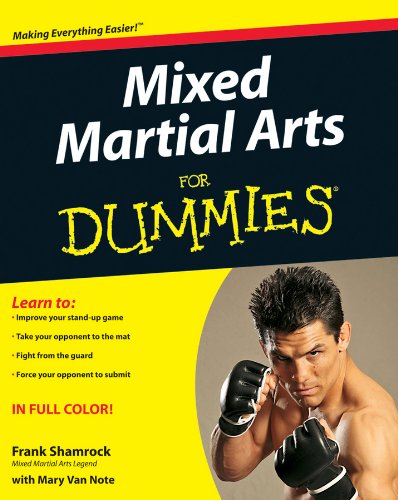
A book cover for Mixed Martial Arts For Dummies; Frank Shamrock; Sports & Outdoors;